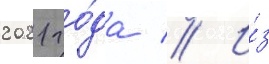
2021 го́да // И́з